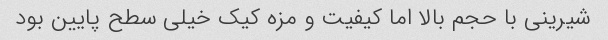
شیرینی با حجم بالا اما کیفیت و مزه کیک خیلی سطح پایین بود